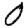
Digit: 0